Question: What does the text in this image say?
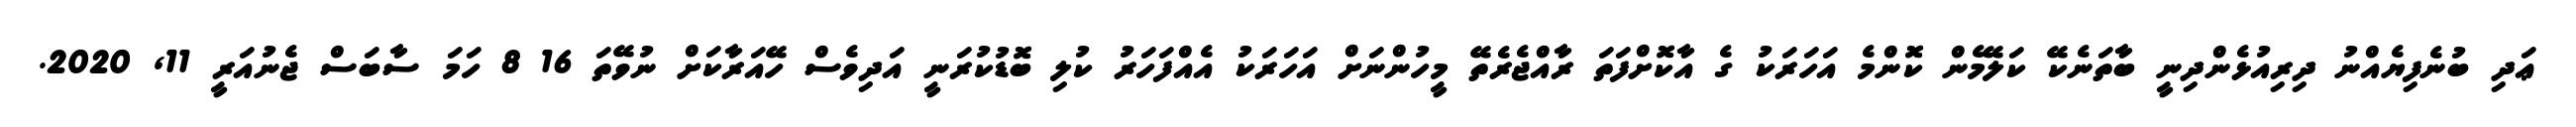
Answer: ޢަދި ބުނެފިޔެއްނު ދިރިއުޅެންދިނީ ބާތަނެކޭ ކަލޭމެން ކޮންމެ އަހަރަކު ގެ އާކޮށްފަތަ ރާއްޖެރެތޭ މީހުންނަށް އަހަރަކު އެއްފަހަރު ކުލި ބޮޑުކުރަނީ އަދިވެސް ހޭއަރާކަށް ނުވޭތަ 16 8 ހަމަ ސާބަސް ޖެނުއަރީ 11, 2020.